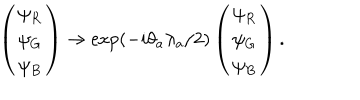
LaTeX: \left( \begin{array} { l } { { \psi _ { R } } } \\ { { \psi _ { G } } } \\ { { \psi _ { B } } } \\ \end{array} \right) \rightarrow \exp ( - i \theta _ { a } \lambda _ { a } / 2 ) \left( \begin{array} { l } { { \psi _ { R } } } \\ { { \psi _ { G } } } \\ { { \psi _ { B } } } \\ \end{array} \right) .